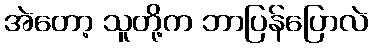
အဲတော့ သူတို့က ဘာပြန်ပြောလဲ